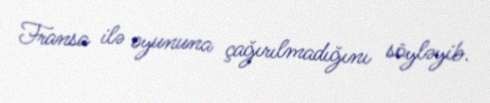
Fransa ilə oyununa çağırılmadığını söyləyib.